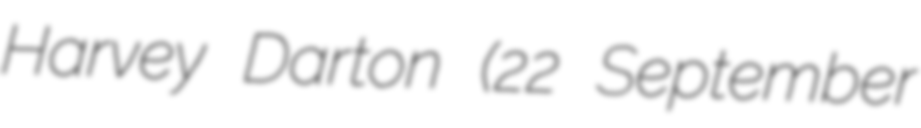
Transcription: Harvey Darton (22 September